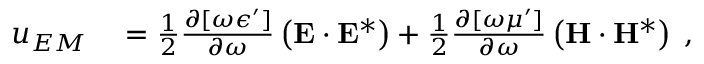
\begin{array} { r l } { u _ { E M } } & { { } = \frac { 1 } { 2 } \frac { \partial [ \omega \epsilon ^ { \prime } ] } { \partial \omega } \left( { \bf { E } } \cdot { \bf { E } } ^ { * } \right) + \frac { 1 } { 2 } \frac { \partial [ \omega \mu ^ { \prime } ] } { \partial \omega } \left( { \bf { H } } \cdot { \bf { H } } ^ { * } \right) \; , } \end{array}